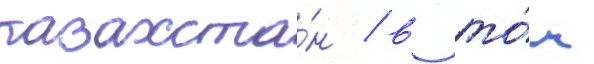
казахста́н / в то́м